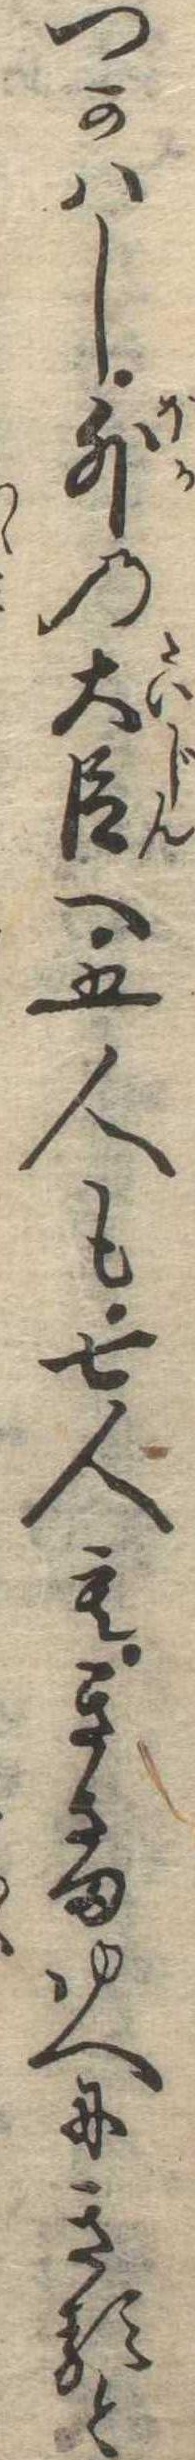
つかはし外の大臣へ五人も七人もきさまゆへにきると